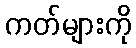
ကတ်များကို